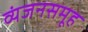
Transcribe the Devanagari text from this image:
व्यंजनसमूह